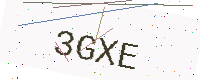
Text: 3GXE